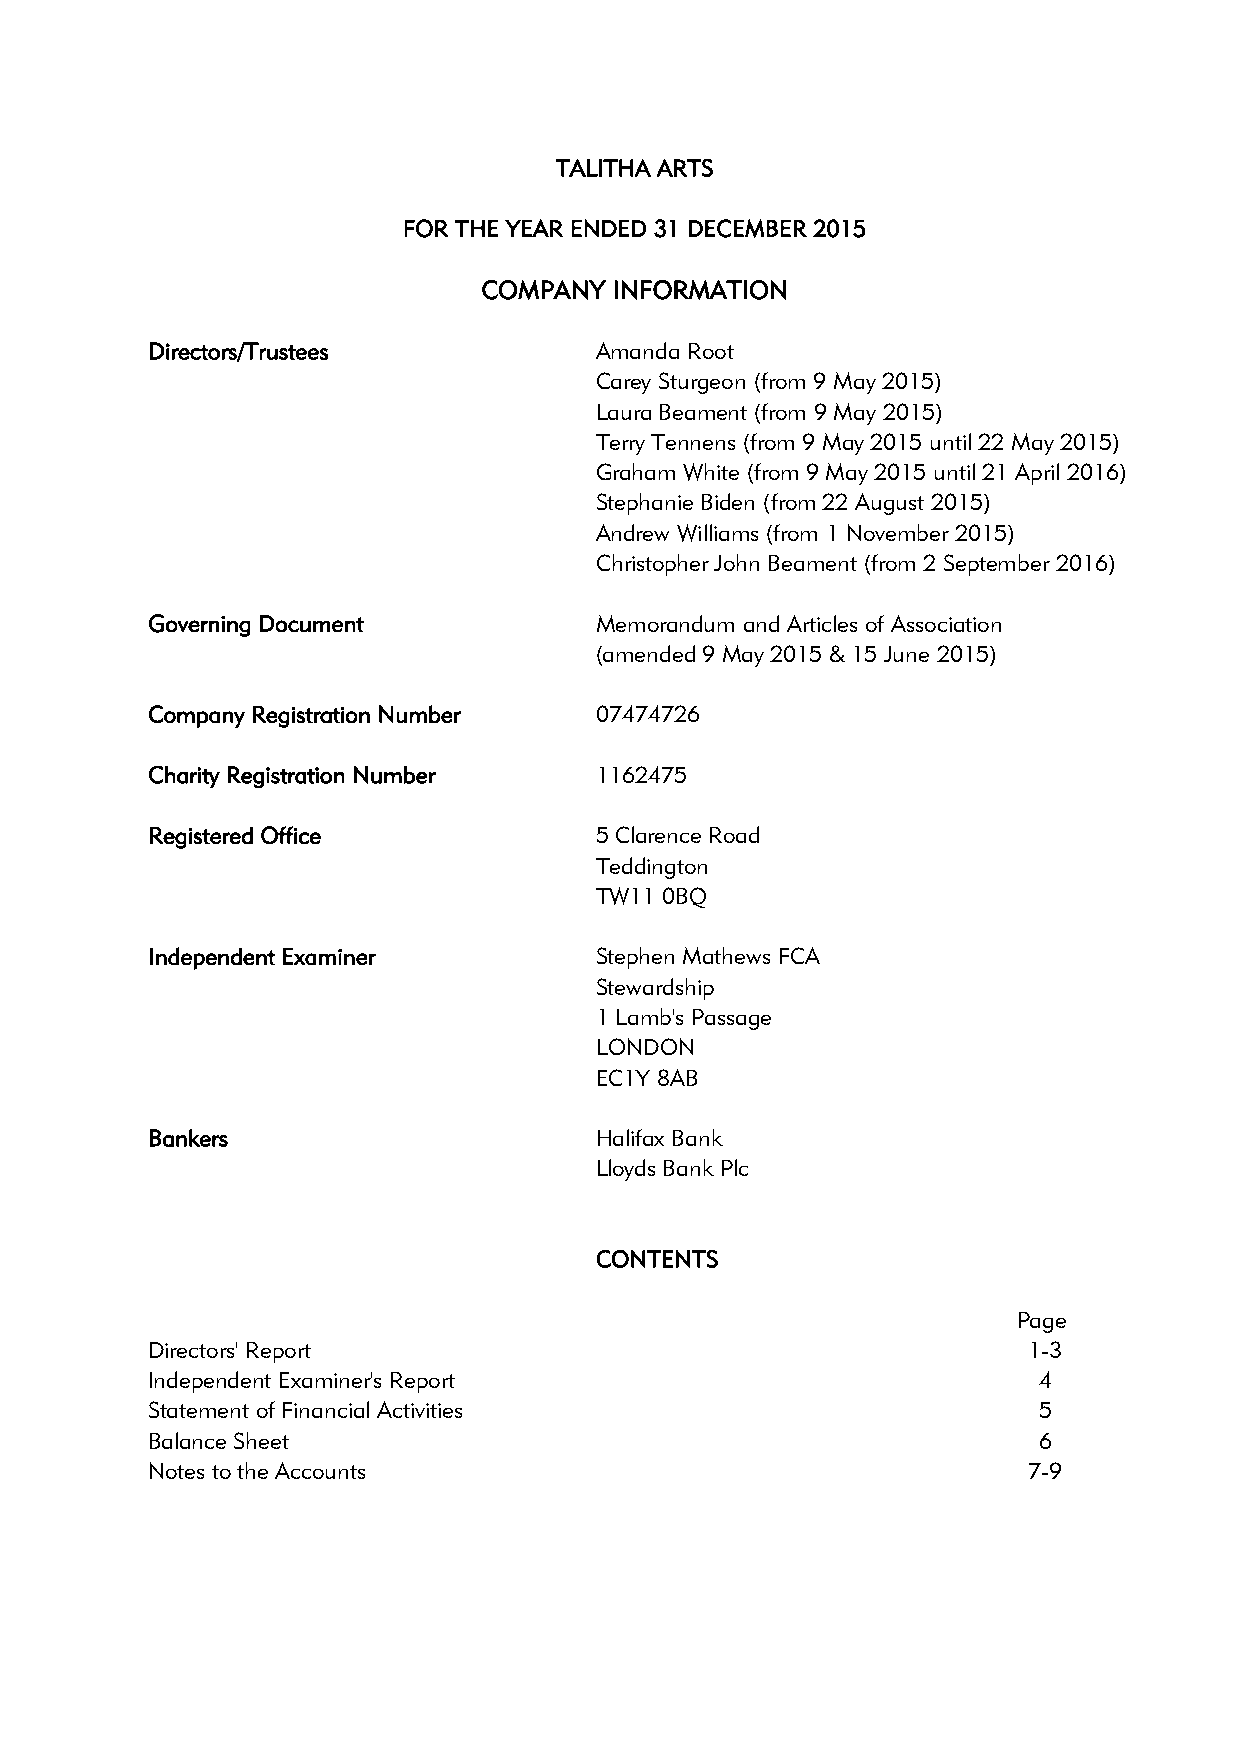
TALITHA ARTS
 FOR THE YEAR ENDED 31 DECEMBER 2015
 COMPANY  INFORMATION
 Directors/Trustees           Amanda Root
 Carey Sturgeon (from 9 May 2015)
 Laura Beament (from 9 May 2015)
 Terry Tennens (from 9 May 2015 until 22 May 2015)
 Graham White (from 9 May 2015 until 21 April 2016)
 Stephanie Biden (from 22 August 2015)
 Andrew Williams (from 1 November 2015)
 Christopher John Beament (from 2 September 2016)
 Governing Document           Memorandum and Articles of Association
 (amended 9 May 2015 & 15 June 2015)
 Company Registration Number  07474726
 Charity Registration Number  1162475
 Registered Office            5 Clarence Road
 Teddington
 TW11 0BQ
 Independent Examiner         Stephen Mathews FCA
 Stewardship
 1 Lamb's Passage
 LONDON
 EC1Y 8AB
 Bankers                      Halifax Bank
 Lloyds Bank Plc
 CONTENTS
 Page
 Directors' Report                                         1-3
 Independent Examiner's Report                              4
 Statement of Financial Activities                          5
 Balance Sheet                                              6
 Notes to the Accounts                                     7-9